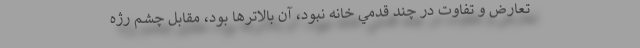
تعارض و تفاوت در چند قدمي خانه نبود، آن بالاترها بود، مقابل چشم رژه